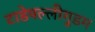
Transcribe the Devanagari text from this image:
टाडेपल्लीगुडम